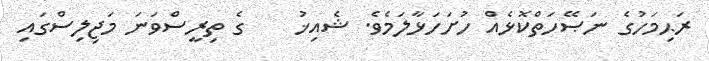
ރަޙިމަހުގެ ނަޞޭހަތްކޮޅެއް ހުށަހަޅާލަމެވެ. ޝެއިޚު    ގެ ތިރީސްވަނަ މަޖިލިސްގައި